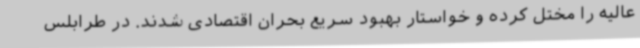
عالیه را مختل کرده و خواستار بهبود سریع بحران اقتصادی شدند. در طرابلس